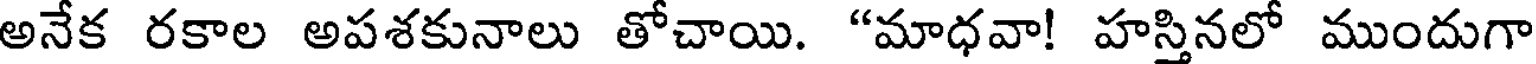
అనేక రకాల అపశకునాలు తోచాయి. "మాధవా! హస్తినలో ముందుగా